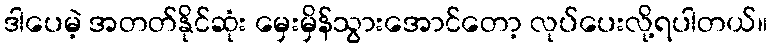
ဒါပေမဲ့ အတတ်နိုင်ဆုံး မှေးမှိန်သွားအောင်တော့ လုပ်ပေးလို့ရပါတယ်။